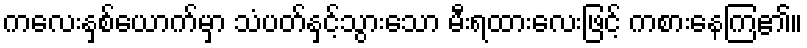
ကလေးနှစ်ယောက်မှာ သံပတ်နှင့်သွားသော မီးရထားလေးဖြင့် ကစားနေကြ၏။